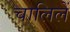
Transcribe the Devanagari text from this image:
चालिलें